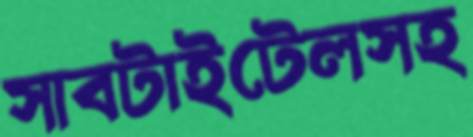
সাবটাইটেলসহ